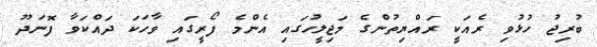
ބުރިޖު ހުޅުވި ރެއަކީ ރައްޔިތުންގެ މަޖިލީހުގައި އެންމެ ފޯރީގައި ވާހަކަ ދައްކަވާ ފޮނަދޫ